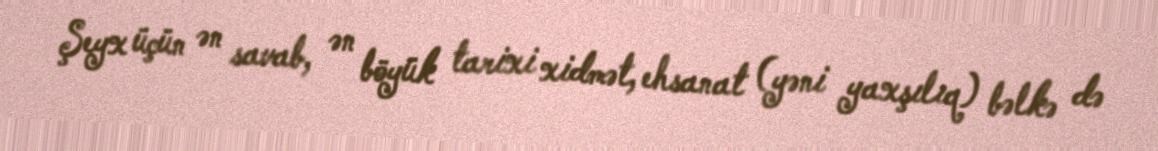
Şeyx üçün ən savab, ən böyük tarixi xidmət, ehsanat (yəni yaxşılıq) bəlkə də